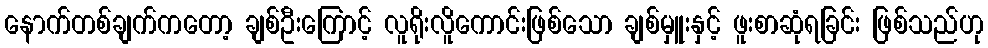
နောက်တစ်ချက်ကတော့ ချစ်ဦးကြောင့် လူရိုးလိူကောင်းဖြစ်သော ချစ်မှူးနှင့် ဖူးစာဆုံရခြင်း ဖြစ်သည်ဟု